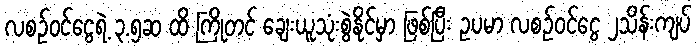
လစဉ်ဝင်ငွေရဲ့ ၃.၅ဆ ထိ ကြိုတင် ချေးယူသုံးစွဲနိုင်မှာ ဖြစ်ပြီး ဥပမာ လစဉ်ဝင်ငွေ ၂သိန်းကျပ်